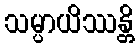
သမ္ပာယိဿန္တိ